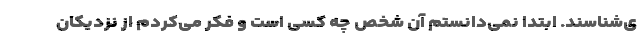
ی‌شناسند. ابتدا نمی‌دانستم آن شخص چه کسی است و فکر می‌کردم از نزدیکان